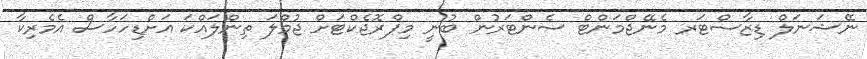
ނޭޝަނަލް ޑިޒާސްޓަރ މެނޭޖްމަންޓް ސެންޓަރުން ބުނީ މިޕްރޮޖެކްޓަށް ޖުމްލަ ތިންލައްކަ އަށްޑިހަހާސް އެމެރިކާ